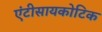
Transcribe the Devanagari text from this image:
एंटीसायकोटिक